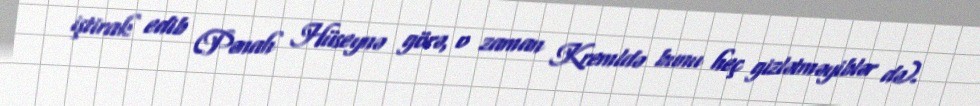
iştirak edib (Pənah Hüseynə görə, o zaman Kremldə bunu heç gizlətməyiblər də).